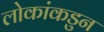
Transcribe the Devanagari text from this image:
लोकांकडुन